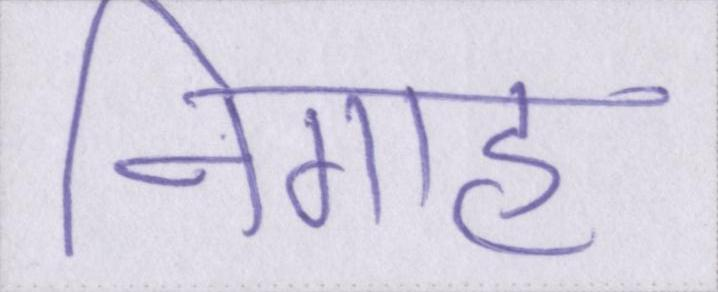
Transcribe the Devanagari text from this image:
निगाह